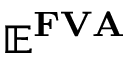
\mathbf { \mathbb { E } ^ { F V A } }